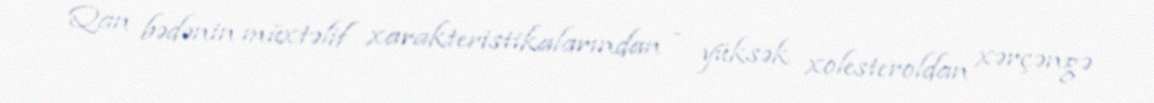
Qan bədənin müxtəlif xarakteristikalarından - yüksək xolesteroldan xərçəngə